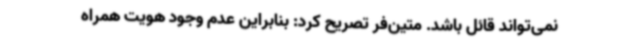
نمی‌تواند قائل باشد. متین‌فر تصریح کرد: بنابراین عدم وجود هویت همراه